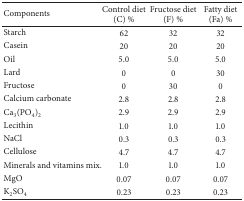
| Components | Control diet(C) % | Fructose diet(F) % | Fatty diet(Fa) % |
 | --- | --- | --- | --- |
 | Starch | 62 | 32 | 32 |
 | Casein | 20 | 20 | 20 |
 | Oil | 5.0 | 5.0 | 5.0 |
 | Lard | 0 | 0 | 30 |
 | Fructose | 0 | 30 | 0 |
 | Calcium carbonate | 2.8 | 2.8 | 2.8 |
 | Ca3(PO4)2 | 2.9 | 2.9 | 2.9 |
 | Lecithin | 1.0 | 1.0 | 1.0 |
 | NaCl | 0.3 | 0.3 | 0.3 |
 | Cellulose | 4.7 | 4.7 | 4.7 |
 | Minerals and vitamins mix. | 1.0 | 1.0 | 1.0 |
 | MgO | 0.07 | 0.07 | 0.07 |
 | K2SO4 | 0.23 | 0.23 | 0.23 |